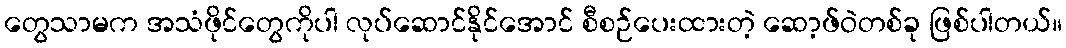
တွေသာမက အသံဖိုင်တွေကိုပါ လုပ်ဆောင်နိုင်အောင် စီစဉ်ပေးထားတဲ့ ဆော့ဖ်ဝဲတစ်ခု ဖြစ်ပါတယ်။